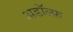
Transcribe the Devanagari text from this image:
अडॉल्फ़